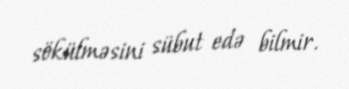
sökülməsini sübut edə bilmir.